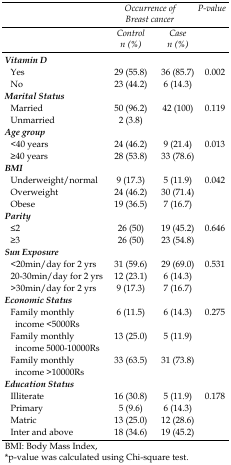
<table><thead><tr><td></td><td colspan="2"><b><i>Occurrence of Breast cancer</i></b></td><td><b><i>P-value</i></b></td></tr><tr><td></td><td><b><i>Control n (%)</i></b></td><td><b><i>Case n (%)</i></b></td></tr></thead><tbody><tr><td colspan="4"><b><i>Vitamin D</i></b></td></tr><tr><td> Yes</td><td>29 (55.8)</td><td>36 (85.7)</td><td>0.002</td></tr><tr><td> No</td><td>23 (44.2)</td><td>6 (14.3)</td><td></td></tr><tr><td colspan="4"><b><i>Marital Status</i></b></td></tr><tr><td> Married</td><td>50 (96.2)</td><td>42 (100)</td><td>0.119</td></tr><tr><td> Unmarried</td><td>2 (3.8)</td><td></td><td></td></tr><tr><td colspan="4"><b><i>Age group</i></b></td></tr><tr><td> &lt;40 years</td><td>24 (46.2)</td><td>9 (21.4)</td><td>0.013</td></tr><tr><td> ≥40 years</td><td>28 (53.8)</td><td>33 (78.6)</td><td></td></tr><tr><td colspan="4"><b><i>BMI</i></b></td></tr><tr><td> Underweight/normal</td><td>9 (17.3)</td><td>5 (11.9)</td><td>0.042</td></tr><tr><td> Overweight</td><td>24 (46.2)</td><td>30 (71.4)</td><td></td></tr><tr><td> Obese</td><td>19 (36.5)</td><td>7 (16.7)</td><td></td></tr><tr><td colspan="4"><b><i>Parity</i></b></td></tr><tr><td> ≤2</td><td>26 (50)</td><td>19 (45.2)</td><td>0.646</td></tr><tr><td> ≥3</td><td>26 (50)</td><td>23 (54.8)</td><td></td></tr><tr><td colspan="4"><b><i>Sun Exposure</i></b></td></tr><tr><td> &lt;20min/day for 2 yrs</td><td>31 (59.6)</td><td>29 (69.0)</td><td>0.531</td></tr><tr><td> 20-30min/day for 2 yrs</td><td>12 (23.1)</td><td>6 (14.3)</td><td></td></tr><tr><td> &gt;30min/day for 2 yrs</td><td>9 (17.3)</td><td>7 (16.7)</td><td></td></tr><tr><td colspan="4"><b><i>Economic Status</i></b></td></tr><tr><td> Family monthly income &lt;5000Rs</td><td>6 (11.5)</td><td>6 (14.3)</td><td>0.275</td></tr><tr><td> Family monthly income 5000-10000Rs</td><td>13 (25.0)</td><td>5 (11.9)</td><td></td></tr><tr><td> Family monthly income &gt;10000Rs</td><td>33 (63.5)</td><td>31 (73.8)</td><td></td></tr><tr><td colspan="4"><b><i>Education Status</i></b></td></tr><tr><td> Illiterate</td><td>16 (30.8)</td><td>5 (11.9)</td><td>0.178</td></tr><tr><td> Primary</td><td>5 (9.6)</td><td>6 (14.3)</td><td></td></tr><tr><td> Matric</td><td>13 (25.0)</td><td>12 (28.6)</td><td></td></tr><tr><td> Inter and above</td><td>18 (34.6)</td><td>19 (45.2)</td><td></td></tr></tbody></table>